Insane asylums in Bengal annual reports 1876-1887 - 1876-1887
Year: 1876
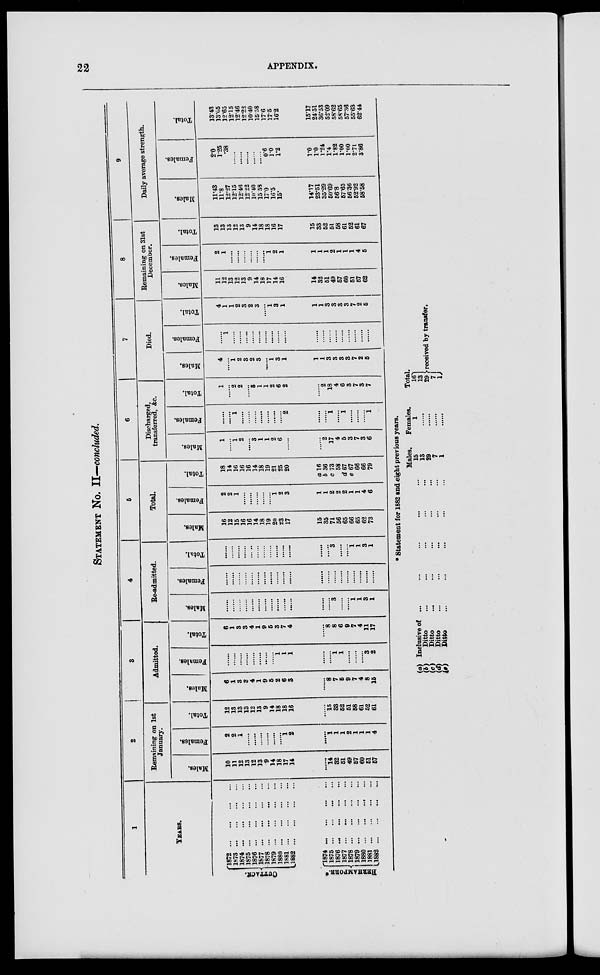
22
APPENDIX.
STATEMENT No. II—concluded.
1
YEARS.
CUTTACK.
BERHAMPORE.*
1872 ... ... ... ...
1873
...
...
...
...
1874
...
...
...
...
1875
...
...
...
...
1876
...
...
...
...
1877
...
...
...
...
1878
...
...
...
...
1879
...
...
...
...
1880
...
...
...
...
1881
...
...
...
...
1882
...
...
...
...
1874
...
...
...
...
1875
...
...
...
...
1876
...
...
...
...
1877
...
...
...
...
1878
...
...
...
...
1879 ... ... ... ...
1880
...
...
...
...
1881
...
...
...
...
1882
...
...
...
...
2
Remaining on 1st
January.
Males.
10
11
12
13
12
13
9
14
18
17
14
......
14
32
51
49
57
60
51
57
Females.
2
2
1
......
......
......
......
......
......
1
2
......
1
1
1
2
1
1
1
4
Total.
12
13
13
13
12
13
9
14
18
18
16
......
15
33
52
51
58
61
52
61
3
Admitted.
Males.
6
1
3
3
4
1
9
5
2
6
3
......
8
7
5
9
7
4
8
15
Females.
......
......
......
......
......
......
......
......
1
1
1
......
......
1
1
......
......
......
3
2
Total.
6
1
3
3
4
1
9
5
3
7
4
......
8
8
6
9
7
4
11
17
4
Re-admitted.
Males.
......
......
......
......
......
......
......
......
......
......
......
......
......
3
......
......
1
1
3
1
Females.
......
......
......
......
......
......
......
......
......
......
......
......
......
......
......
......
......
......
......
Total.
......
......
......
......
......
......
......
......
......
......
......
3
......
......
1 1
3
1
5
Total.
Males.
16
12
15
16
16
14
18
19
20
23
17
15
35
71
56
65
66
65
62
73
Females.
2
2
1
......
......
......
......
......
1 2
3
1
1
2
2
2
1
1
4
6
Total.
18
14
16
16
16
14
18
19
21
25
20
a 16
b 36
c 73
58
d 67
e 67
66
66
79
6
Discharged,
transferred, &c.
Males.
1
......
1
2
......
3
1
1
2
6
......
......
2
17
4
5
3
7
3
6
Females.
.....l
......
1
......
......
......
......
......
......
......
2
......
......
1
......
1
......
......
......
1
Total.
1
......
2
2
......
3
1
1
2
6
2
......
2
18
4
6
3
7
3
7
7
Died.
Males.
4
......
1
2
3
2
3
......
1
3
1
1
1
3
3
3
3
7
2
5
Females.
......
1
......
......
......
......
......
......
......
......
......
......
......
......
......
......
......
......
......
Total.
4
1
1
2
3
2
3
......
1
3
1
1
1
3
3
3
3
7
2
5
8
Remaining on 31st
December.
Males.
11
12
13
12
13
9
14
18
17
14
16
14
32
51
49
57
60
51
57
62
Females.
2
1
......
1
2
1
1
1
1
2
1
1
1
4
5
Total.
13
13
13
12
13
9
14
18
18
16
17
15
33
52
51
58
61
52
61
67
9
Daily average strength.
Males.
11.43
11.8
12.27
12.15
12.46
12.22
10.40
15.58
17.0
16.5
15.
14.17
23.51
35.29
50.69
56.8
57.65
56.36
52.92
58.58
Females.
2.0
1.25
.38
......
......
......
0.6
1.0
1.2
1.0
1.0
1.24
1.4
1.82
1.00
1.00
2.71
3.86
Total.
13.43
13.05
12.65
12.15
12.46
12.22
10.40
15.58
17.6
17.5
16.2
15.17
24.51
36.53
52.09
58.62
58.65
57.36
55.63
62.44
* Statement for 1882 and eight previous years.
(a)
(b) (c)
(d)
(e)
Inclusive of ... ... ... ... ...
Ditto ... ... ... ... ...
Ditto ... ... ... ... ...
Ditto ... ... ... ... ...
Ditto ... ... ... ... ...
Males.
15
13
29
7
1
Females.
1
......
......
......
......
Total.
16
13
29
7
1
received by transfer.